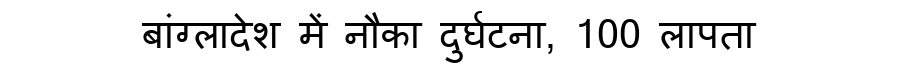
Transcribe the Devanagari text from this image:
बांग्लादेश में नौका दुर्घटना, 100 लापता